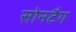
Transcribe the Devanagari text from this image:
सोनटैग